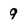
Character: 9